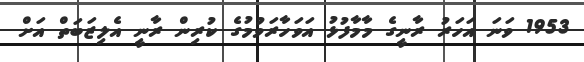
1953 ވަނަ އަހަރު ރާނީގެ މާމާފުޅު އަވަހާރަވުމުގެ ކުރިން ރާނީ އެލިޒަބަތް އަށް